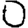
Digit: 0